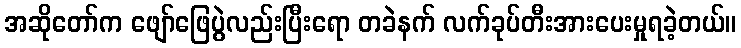
အဆိုတော်က ဖျော်ဖြေပွဲလည်းပြီးရော တခဲနက် လက်ခုပ်တီးအားပေးမှုရခဲ့တယ်။